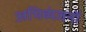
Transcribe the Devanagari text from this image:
अभिव्यंजनों